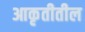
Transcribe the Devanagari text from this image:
आकृतीतील